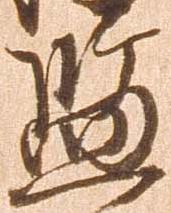
監